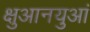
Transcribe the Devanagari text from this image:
क्षुआनयुआं